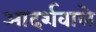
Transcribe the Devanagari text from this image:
आदर्शवाले